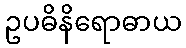
ဥပဓိနိရောဓာယ